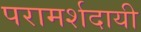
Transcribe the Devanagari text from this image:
परामर्शदायी